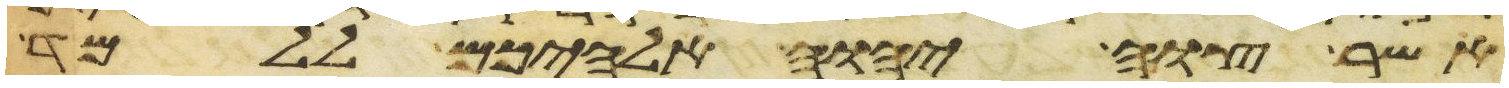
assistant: אשר צוה יהוה אלהיכם ללמד